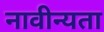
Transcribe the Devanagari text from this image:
नावीन्यता